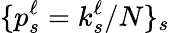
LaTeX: \{ p_{s}^{\ell}=k_{s}^{\ell}/N\} _{s}